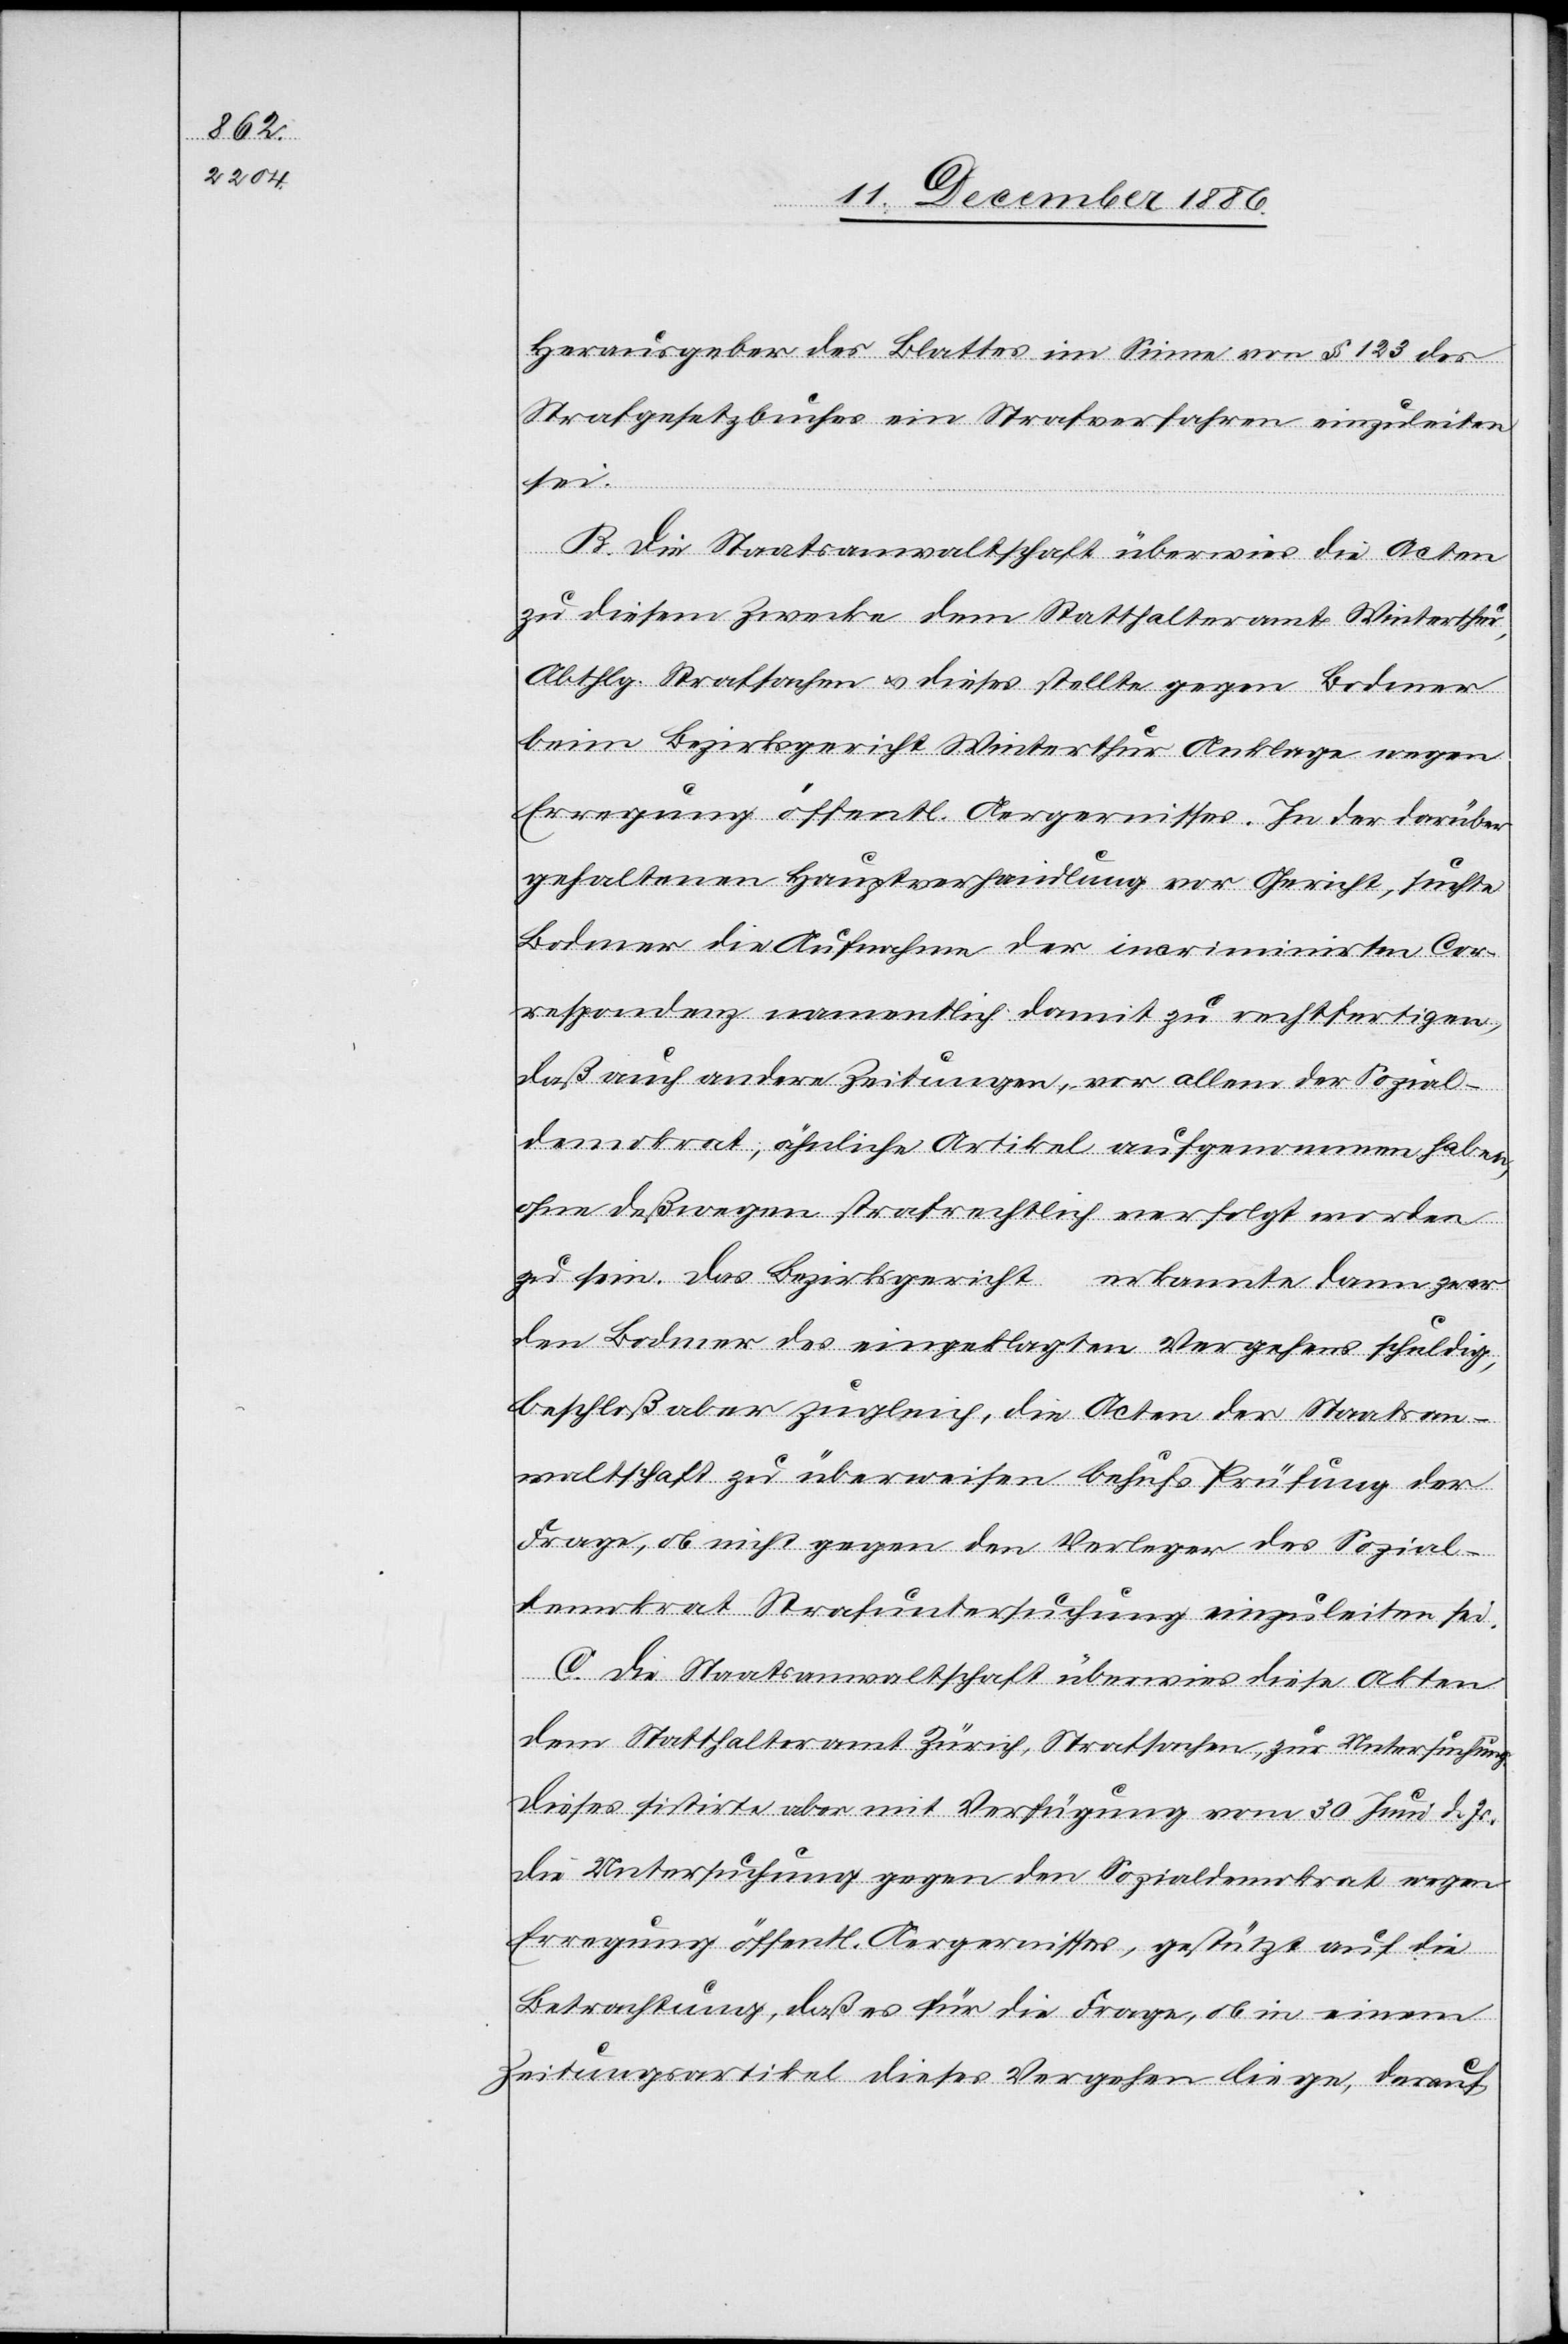
Herausgeber des Blattes im Sinne von § 123 des
Strafgesetzbuches ein Strafverfahren einzuleiten
sei.
B. Die Staatsanwaltschaft überwies die Acten
zu diesem Zwecke dem Statthalteramt Winterthur,
Abthlg. Strafsachen & dieses stellte gegen Bodmer
beim Bezirksgericht Winterthur Anklage wegen
Erregung öffentl. Aergernisses. In der darüber
gehaltenen Hauptverhandlung vor Gericht, suchte
Bodmer die Aufnahme der incriminirten Cor¬
respondenz namentlich damit zu rechtfertigen,
daß auch andere Zeitungen, vor allem der Sozial¬
demokrat, ähnliche Artikel aufgenommen haben
ohne deßwegen strafrechtlich verfolgt worden
zu sein. Das Bezirksgericht erkannte dann zwar
den Bodmer des eingeklagten Vergehens schuldig,
beschloß aber zugleich, die Acten der Staatsan¬
waltschaft zu überweisen behufs Prüfung der
Frage, ob nicht gegen den Verleger des Sozial¬
demokrat Strafuntersuchung einzuleiten sei.
C. Die Staatsanwaltschaft überwies diese Akten
dem Statthalteramt Zürich, Strafsachen, zur Untersuchung.
Dieses sistirte aber mit Verfügung vom 30. Juni d. Js.
die Untersuchung gegen den Sozialdemokrat wegen
Erregung öffentl. Aergernisses, gestützt auf die
Betrachtung, daß es für die Frage, ob in einem
Zeitungsartikel dieses Vergehen liege, darauf